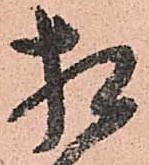
相